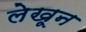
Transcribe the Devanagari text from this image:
लेखून